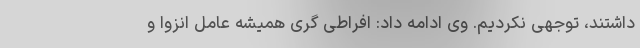
داشتند، توجهی نکردیم. وی ادامه داد: افراطی گری همیشه عامل انزوا و